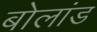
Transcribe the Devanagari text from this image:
बोलांड